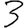
Digit: 3